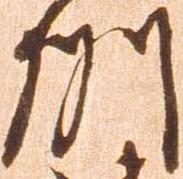
州